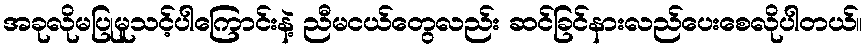
အခုလိုမပြုမူသင့်ပါကြောင်းနဲ့ ညီမငယ်တွေလည်း ဆင်ခြင်နားလည်ပေးစေလိုပါတယ်။